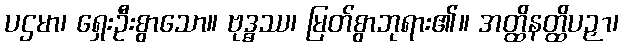
ပဌမာ၊ ရှေးဦးစွာသော။ ဗုဒ္ဓဿ၊ မြတ်စွာဘုရား၏။ အတ္ထိနတ္ထိပဉှာ၊